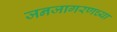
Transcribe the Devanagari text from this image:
जनजागरणच्या